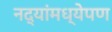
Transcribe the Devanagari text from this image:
नद्यांमध्येपण